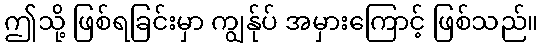
ဤသို့ ဖြစ်ရခြင်းမှာ ကျွန်ုပ် အမှားကြောင့် ဖြစ်သည်။